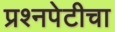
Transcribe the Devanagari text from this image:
प्रश्‍नपेटीचा